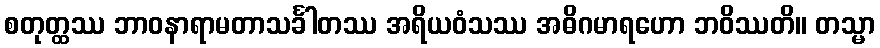
စတုတ္ထဿ ဘာဝနာရာမတာသင်္ခါတဿ အရိယဝံသဿ အဓိဂမာရဟော ဘဝိဿတိ။ တသ္မာ